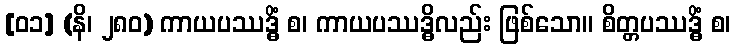
[၀၁] (နိ၊ ၂၈၀) ကာယပဿဒ္ဓိံ စ၊ ကာယပဿဒ္ဓိလည်း ဖြစ်သော။ စိတ္တပဿဒ္ဓိံ စ၊